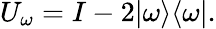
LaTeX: U_{\omega}=I-2|\omega\rangle\langle\omega|.